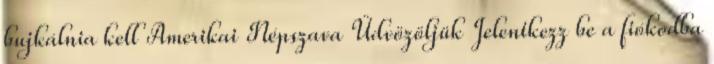
bujkálnia kell Amerikai Népszava Üdvözöljük Jelentkezz be a fiókodba